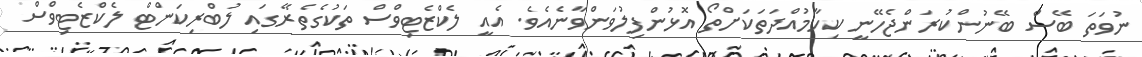
ނުވަތަ ބޭސް ބޭނުންކުރަންޖެހޭނީ ކިހާމުއްދަތަކަށްތޯ އޮޅުންފިލުވަންވާނެއެވެ. އެއީ ލެކްޒެޓިވްސް ތަކުގެތެރޭގައި ލުބްރިކަންޓް ލެކްޒެޓިވްސް